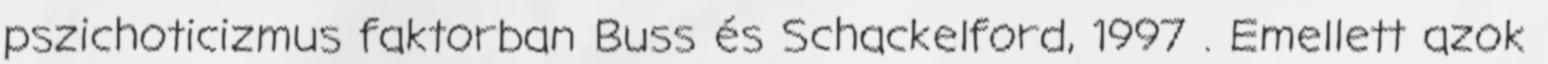
pszichoticizmus faktorban Buss és Schackelford, 1997 . Emellett azok